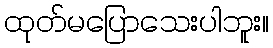
ထုတ်မပြောသေးပါဘူး။